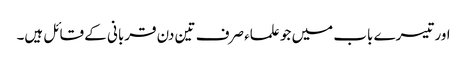
اور تیسرے باب میں جو علماء صرف تین دن قربانی کے قائل ہیں۔